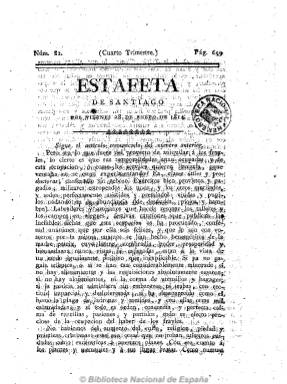
Título: Estafeta de Santiago
Colección: Periódicos anteriores a 1850
Ámbito geográfico: La Coruña
Lugar de publicación: Santiago
Fechas: 28/01/1814-28/01/1814

Periódico político de carácter absolutista y noticioso, fundado, dirigido y redactado por Manuel Freire Castrillón, uno de los más destacados periodistas reaccionarios del periodo doceañista en Santiago, del que son también redactores los dominicos serviles José de Bentín y Nicolás de Castro. Fue publicado desde el 21 de abril de 1813 al dos de septiembre de 1814, y fue censurado en dos ocasiones. Freire sería después nombrado por Fernando VII secretario de la Inquisición gallega y llegaría a ser incluso amonestado por la persecución sin piedad que llevó a cabo contra los liberales.

El periódico está estructurado en secciones: artículos doctrinales, de opinión y comunicados, noticias de España, noticias del extranjero, Cortes, avisos, etc., y abundó en dar cuenta de las fiestas y tradiciones religiosas. Según Checa Godoy, fue redactado en un lenguaje “mucho más exaltado” que los periódicos serviles que le precedieron en esta ciudad y en los que participa también Freire Castrillón, como El sensato, y utiliza sin pudor la injuria, ataca las ideas liberales, la Constitución y las Cortes, cuyo cierre pide, y se muestra defensor del credo católico, apostólico y romano, de la infalibilidad de la Iglesia, de la Inquisición y de los privilegios y estructuras políticas absolutistas del antiguo régimen.

Apareció con frecuencia bisemanal (miércoles y sábados), en números de ocho páginas y foliación continuada. Hasta su número 15 (9 jun. 1813), en la Imprenta de Los Dos Amigos, que habían establecido conjuntamente el propio Freire Castrillón y Pedro Rey Romero. Hasta el uno de noviembre de ese año (números 16-59), en la de Ignacio Aguayo, y a partir del número 60 en su propia Imprenta de La Estafeta. Editó también números extraordinarios, y dejó de publicarse cuando los liberales gallegos habían ya desaparecido.